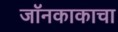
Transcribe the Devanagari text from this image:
जॉनकाकाचा